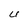
Character: U